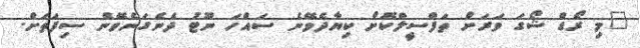
"މި ރޯޑް ޝޯގަ ވަރަށް ތަފްސީލްކޮށް ކިޔާދެވޭނެ ސައްހަ ނޫޓު ދެނެގަނެވޭނެ ސިފަތަށް.